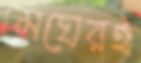
মেঘেরই